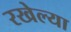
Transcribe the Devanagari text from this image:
रखेल्या